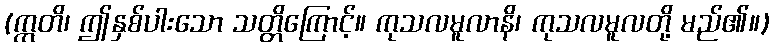
(ဣတိ၊ ဤနှစ်ပါးသော သတ္တိကြောင့်။ ကုသလမူလာနိ၊ ကုသလမူလတို့ မည်၏။)